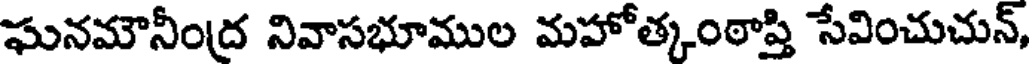
ఘనమౌనీంద్ర నివాసభూముల మహోత్కంఠాప్తి సేవించుచున్,